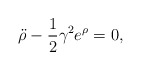
\begin{align*}{\ddot \rho} - {1\over 2} \gamma^2 e^\rho = 0, \end{align*}